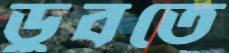
ডুবতে